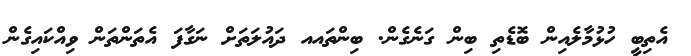
އެތިބީ ހުޅުމާލެއިން ބޮޑެތި ބިން ގަނެގެން. ބިންތައއ ދައުލަތަށް ނަގާފަ އެތަންތަން ވިއްކައިގެން